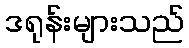
ဒရုန်းများသည်